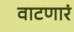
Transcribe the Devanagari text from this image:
वाटणारं